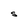
Character: S